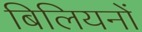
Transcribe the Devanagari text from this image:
बिलियनों